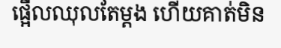
ផ្អើលឈុលតែម្តង ហើយគាត់មិន